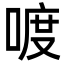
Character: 喥